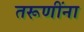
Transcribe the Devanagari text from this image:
तरूणींना